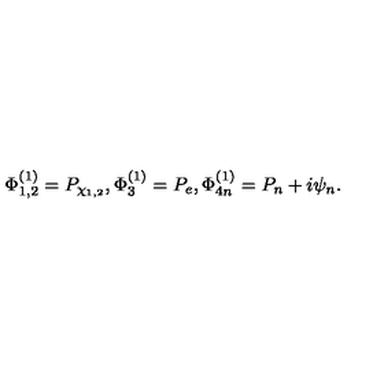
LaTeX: \Phi _ { 1 , 2 } ^ { ( 1 ) } = P _ { \chi _ { 1 , 2 } } , \Phi _ { 3 } ^ { ( 1 ) } = P _ { e } , \Phi _ { 4 n } ^ { ( 1 ) } = P _ { n } + i \psi _ { n } .